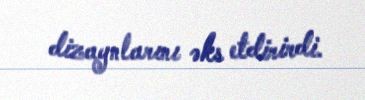
dizaynlarını əks etdirirdi.